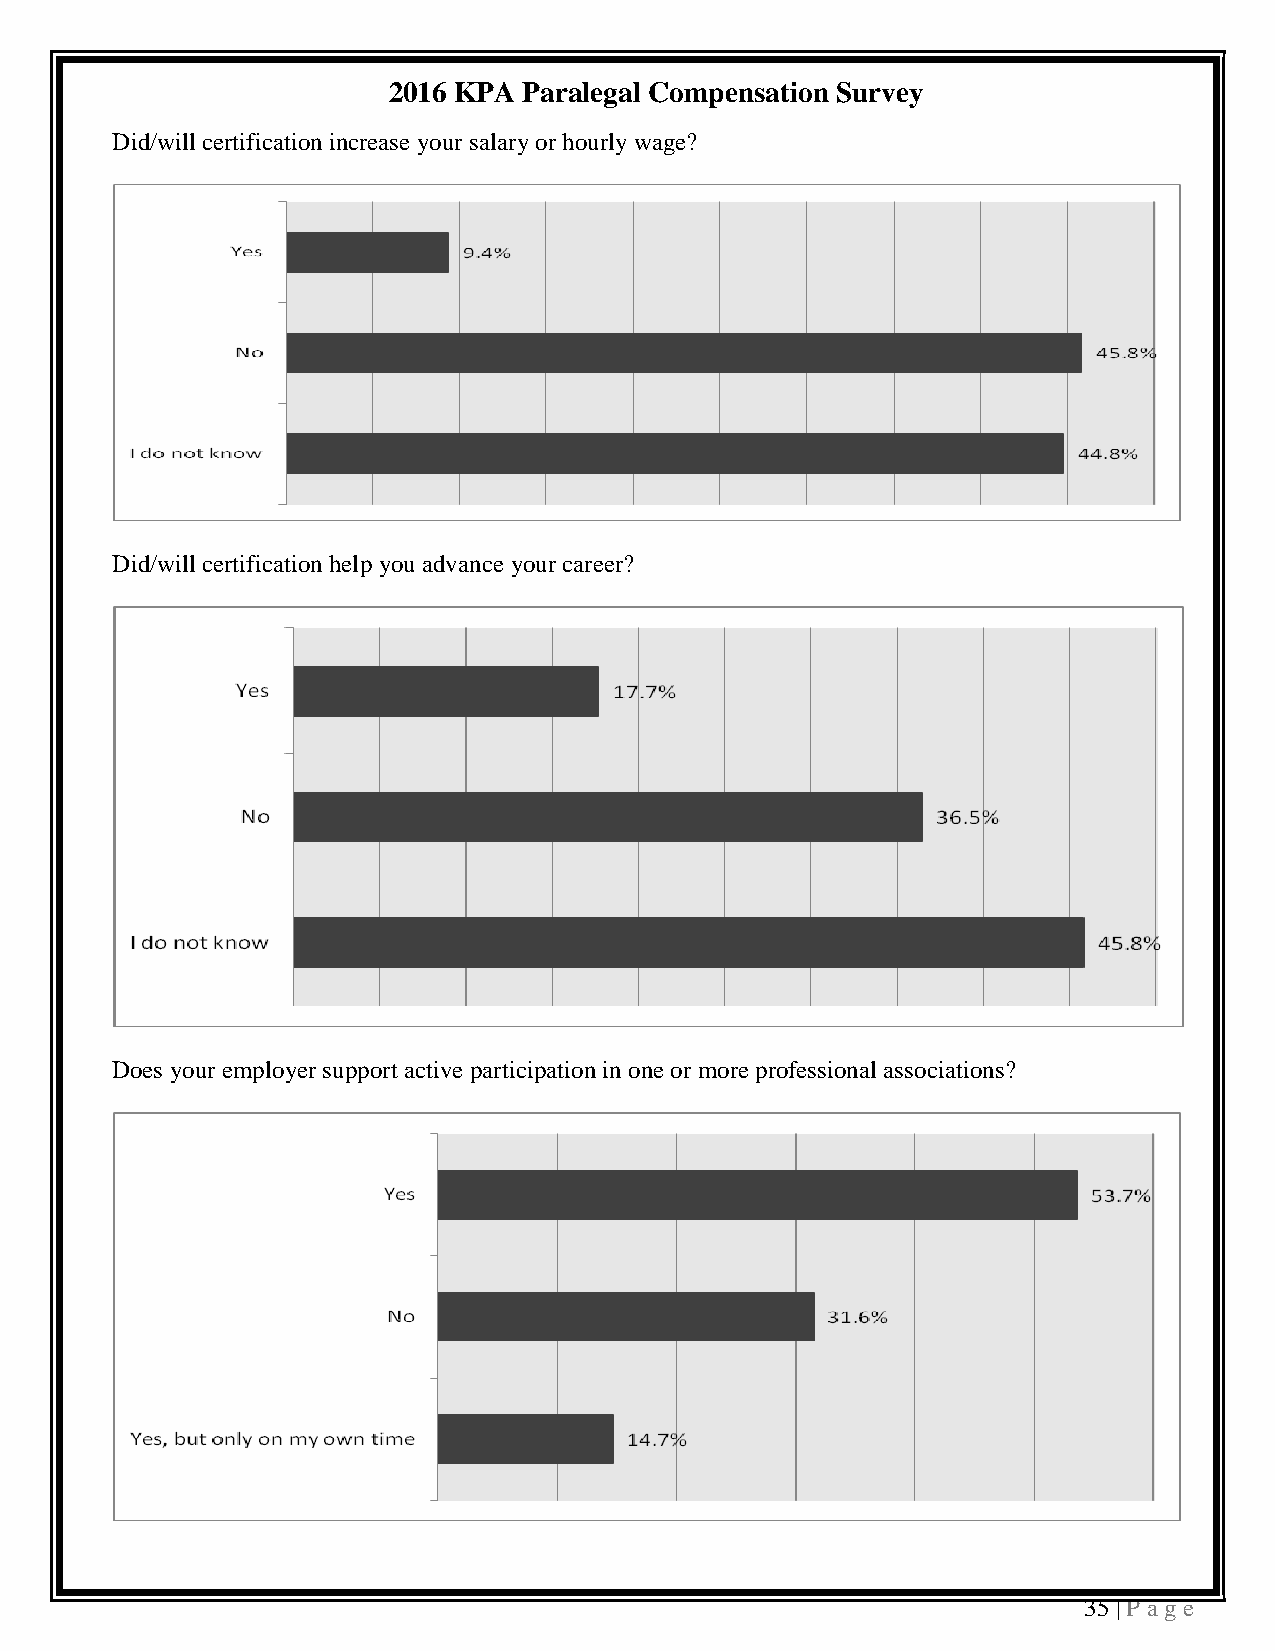
2016 KPA Paralegal Compensation Survey
 Did/will certification increase your salary or hourly wage?
 Did/will certification help you advance your career?
 Does your employer support active participation in one or more professional associations?
 35 | P a ge